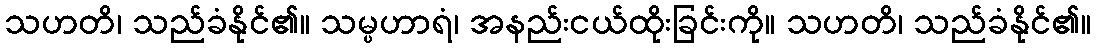
သဟတိ၊ သည်ခံနိုင်၏။ သမ္ပဟာရံ၊ အနည်းငယ်ထိုးခြင်းကို။ သဟတိ၊ သည်ခံနိုင်၏။